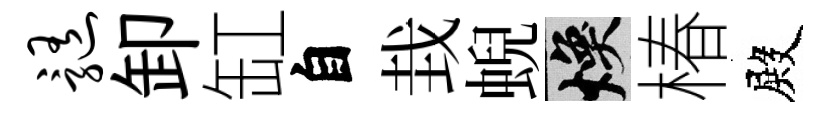
髓卸缸自㘽蜺焕椿殿